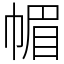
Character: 𢃼